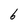
Character: 6